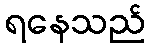
ရနေသည်